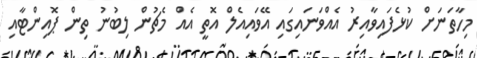
މިހާތަނަށް ކުޅެފައިވާއިރު އެއްވަނައިގައި އޭވައިއެލް އޮތީ އެއް މެޗުން ލިބުނު ތިން ޕޮއިންޓާއި